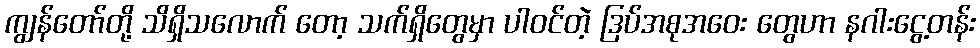
ကျွန်တော်တို့ သိရှိသလောက် တော့ သက်ရှိတွေမှာ ပါဝင်တဲ့ ဒြပ်အစုအဝေး တွေဟာ နဂါးငွေ့တန်း